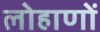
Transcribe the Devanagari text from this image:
लोहाणों